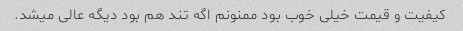
کیفیت و قیمت خیلى خوب بود ممنونم اگه تند هم بود دیگه عالى میشد.